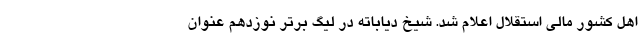
اهل کشور مالی استقلال اعلام شد. شیخ دیاباته در لیگ برتر نوزدهم عنوان